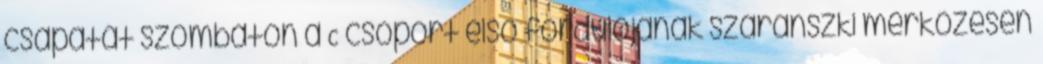
csapatát szombaton a C csoport első fordulójának szaranszki mérkőzésén